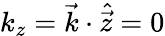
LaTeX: k_{z}=\vec{k}\cdot\hat{\vec{z}}=0